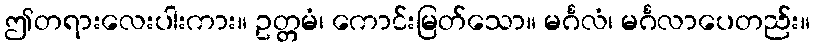
ဤတရားလေးပါးကား။ ဥတ္တမံ၊ ကောင်းမြတ်သော။ မင်္ဂလံ၊ မင်္ဂလာပေတည်း။